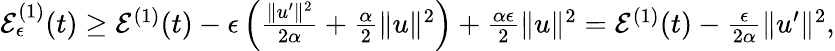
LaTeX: \begin{array}{r}{{\cal E}_{\epsilon}^{(1)}(t)\geq{\cal E}^{(1)}(t)-\epsilon\left(\frac{\| u^{\prime}\| ^{2}}{2\alpha}+\frac{\alpha}{2}\| u\| ^{2}\right)+\frac{\alpha\epsilon}{2}\| u\| ^{2}={\cal E}^{(1)}(t)-\frac{\epsilon}{2\alpha}\| u^{\prime}\| ^{2},}\end{array}